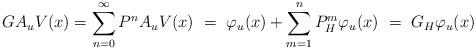
LaTeX: \begin{align*}GA_uV(x) = \sum_{n=0}^\infty P^nA_uV(x) ~=~ \varphi_u(x) + \sum_{m=1}^n P_H^m \varphi_u(x) ~=~ G_H\varphi_u(x) \end{align*}